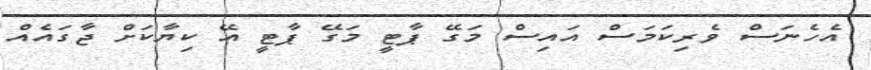
އެހެނަސް ވެރިކަމަސް އައިސް މަގޭ ޕާޓީ މަގޭ ޕާޓީ އޭ ކިޔާކަށް ޖާގައެއް